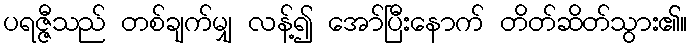
ပရဇ္ဇီသည် တစ်ချက်မျှ လန့်၍ အော်ပြီးနောက် တိတ်ဆိတ်သွား၏။